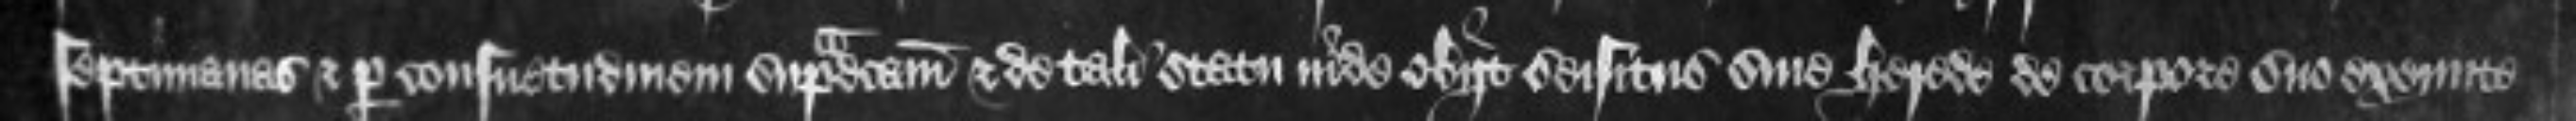
septimanas et per consuetudinem supradictam et de tali statu inde obiit seisitus sine herede de corpore suo exeunte